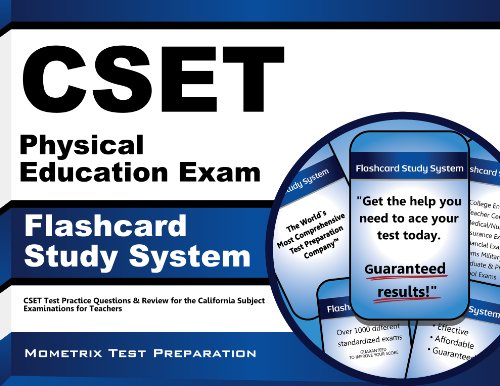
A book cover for CSET Physical Education Exam Flashcard Study System: CSET Test Practice Questions & Review for the California Subject Examinations for Teachers (Cards); CSET Exam Secrets Test Prep Team; Test Preparation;